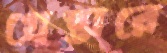
গ্রেপ্তারে